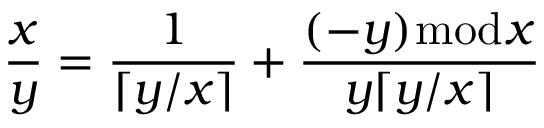
{ \frac { x } { y } } = { \frac { 1 } { \lceil y / x \rceil } } + { \frac { ( - y ) { \bmod { x } } } { y \lceil y / x \rceil } }